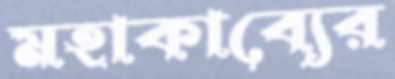
মহাকাব্যের